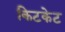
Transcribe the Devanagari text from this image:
किटकेट